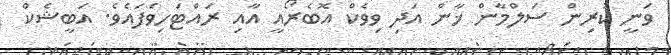
ވަނީ ކުރިން ސަލްމާން ޚާން އަދި ވިވެކް އޮބެރޯއީ އާއި ރައްޓަހިވެފައެވެ. އަބީޝެކް